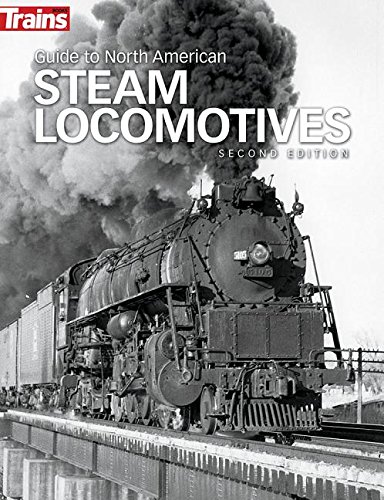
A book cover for Guide to North American Steam Locomotives; George Drury; Engineering & Transportation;